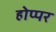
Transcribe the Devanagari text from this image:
होप्पर